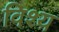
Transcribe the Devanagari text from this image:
विश्य